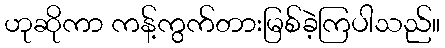
ဟုဆိုကာ ကန့်ကွက်တားမြစ်ခဲ့ကြပါသည်။